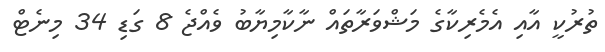
ތުރުކީ އާއި އެމެރިކާގެ މަޝްވަރާތައް ނާކާމިޔާބު ވެއްޖެ 8 ގަޑި 34 މިނެޓް